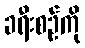
ခရီးစဉ်ကို